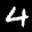
Label: 4